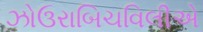
ઝોઉરાબિચવિલીએ